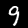
Label: 9